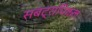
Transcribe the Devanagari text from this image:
सबट्रापिकल